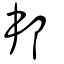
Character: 邦